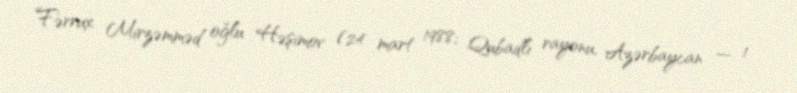
Fərrux Mirzəmməd oğlu Həşimov (24 mart 1988; Qubadlı rayonu, Azərbaycan — 1